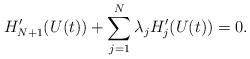
LaTeX: \begin{align*}H_{N+1}'(U(t))+\sum_{j=1}^N\lambda_{j}H_j'(U(t))=0.\end{align*}